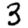
Digit: 3